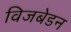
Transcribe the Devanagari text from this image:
विजबेडन